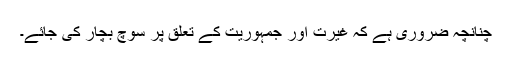
چنانچہ ضروری ہے کہ غیرت اور جمہوریت کے تعلق پر سوچ بچار کی جائے۔